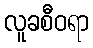
လူခစီဝရာ